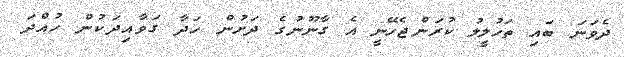
ދެވަނަ ބައި ތަހުލީލު ކުރަންޖެހޭނީ އެ ގާނޫނުގެ ދަށުން ހަދާ ގަވާއިދަކުން ހުއްދަ